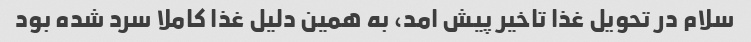
سلام در تحویل غذا تاخیر پیش امد، به همین دلیل غذا کاملا سرد شده بود